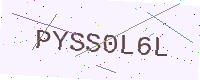
Text: PYSS0L6L